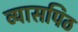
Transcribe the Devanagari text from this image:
व्यासपिठ